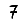
Digit: 7